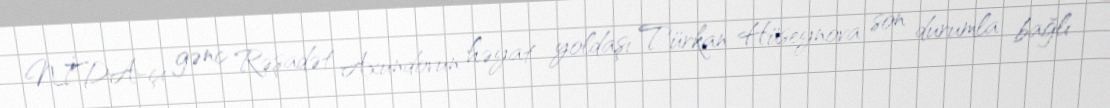
NİDA-çı gənc Rəşadət Axundovun həyat yoldaşı Türkan Hüseynova son durumla bağlı